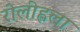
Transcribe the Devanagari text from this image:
रोलीह्लला